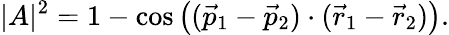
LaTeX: |A|^{2}=1-\cos\left((\vec{p}_{1}-\vec{p}_{2})\cdot(\vec{r}_{1}-\vec{r}_{2})\right).